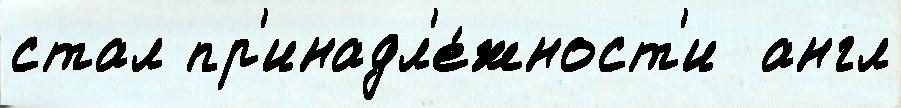
стал пр'инадл'е́жност'и  англ